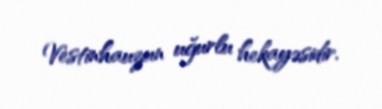
Vestinhauzun uğurlu hekayəsidir.